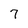
Character: 7